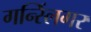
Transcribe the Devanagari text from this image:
गन्स्लिंगर